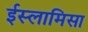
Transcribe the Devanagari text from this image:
ईस्लामिसा